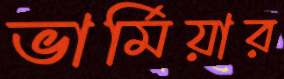
ভার্মিয়ার